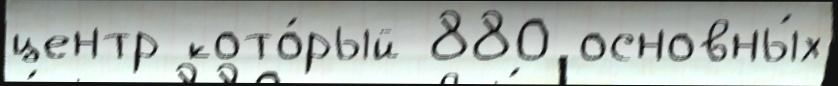
центр кото́рый 880 основны́х